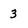
Character: 3